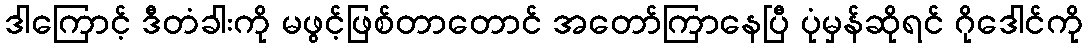
ဒါကြောင့် ဒီတံခါးကို မဖွင့်ဖြစ်တာတောင် အတော်ကြာနေပြီ ပုံမှန်ဆိုရင် ဂိုဒေါင်ကို